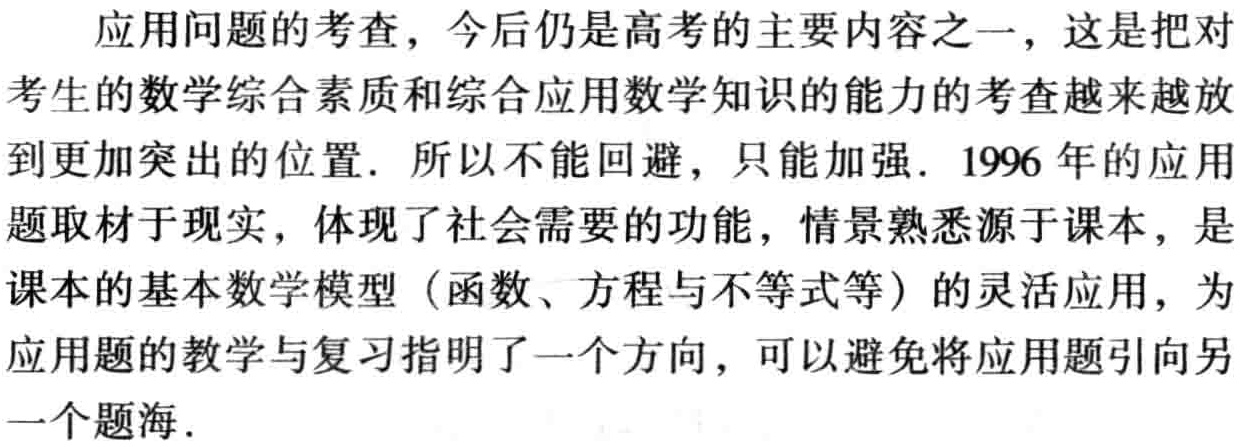
4. 求下列各式的值：